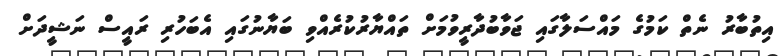
އިތުބާރު ނެތް ކަމުގެ މައްސަލާގައި ޖަވާބުދާރީވުމަށް ތައްޔާރުކުރެއްވި ބަޔާނުގައި އެބަހުރި ރައީސް ނަޝީދަށް